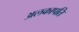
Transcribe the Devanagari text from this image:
अलकापति